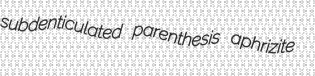
subdenticulated parenthesis aphrizite